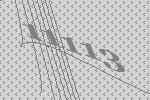
11113